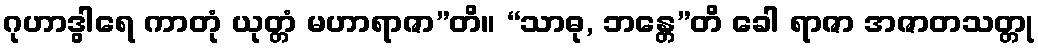
ဂုဟာဒွါရေ ကာတုံ ယုတ္တံ မဟာရာဇာ”တိ။ “သာဓု, ဘန္တေ”တိ ခေါ ရာဇာ အဇာတသတ္တု